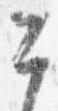
今